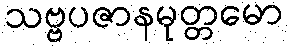
သဗ္ဗပဇာနမုတ္တမော